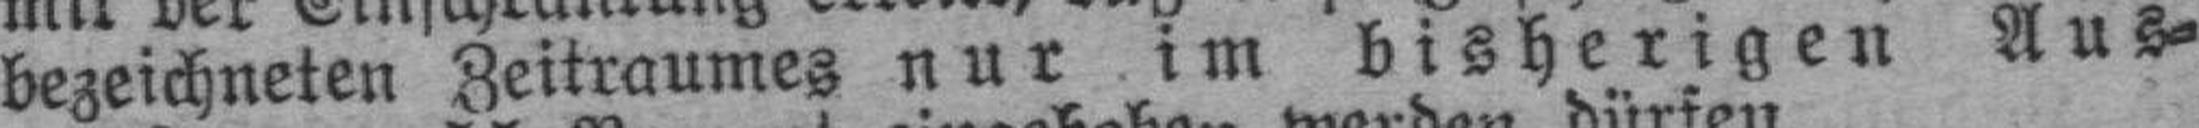
bezeichneten Zeitraumes nur im bisherigen Aus¬